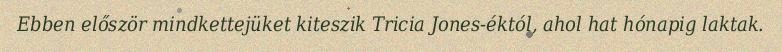
Ebben először mindkettejüket kiteszik Tricia Jones-éktól, ahol hat hónapig laktak.